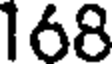
168